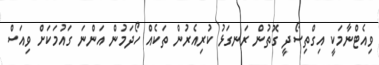
ވިއެޓްނާމަކީ އިގްތިސޯދީ ގޮތުން ރަނގަޅު ކުރިއެރުން ތަކެއް ހޯދަމުން އަންނަ ގައުމަކަށް ވިއަސް